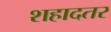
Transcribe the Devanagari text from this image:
शहादतर